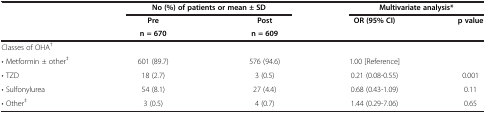
<table><thead><tr><td><b> </b></td><td colspan="2"><b>No (%) of patients or mean ± SD</b></td><td colspan="2"><b>Multivariate analysis*</b></td></tr><tr><td rowspan="2"><b> </b></td><td><b>Pre</b></td><td><b>Post</b></td><td rowspan="2"><b>OR (95% CI)</b></td><td rowspan="2"><b>p value</b></td></tr><tr><td><b>n = 670</b></td><td><b>n = 609</b></td></tr></thead><tbody><tr><td>Classes of OHA<sup>†</sup></td><td> </td><td> </td><td> </td><td> </td></tr><tr><td>• Metformin ± other<sup>‡</sup></td><td>601 (89.7)</td><td>576 (94.6)</td><td>1.00 [Reference]</td><td> </td></tr><tr><td>• TZD</td><td>18 (2.7)</td><td>3 (0.5)</td><td>0.21 (0.08-0.55)</td><td>0.001</td></tr><tr><td>• Sulfonylurea</td><td>54 (8.1)</td><td>27 (4.4)</td><td>0.68 (0.43-1.09)</td><td>0.11</td></tr><tr><td>• Other<sup>‡</sup></td><td>3 (0.5)</td><td>4 (0.7)</td><td>1.44 (0.29-7.06)</td><td>0.65</td></tr></tbody></table>